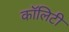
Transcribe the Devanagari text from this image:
कॉलिटी